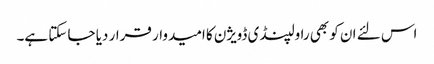
اس لئے ان کو بھی راولپنڈی ڈویژن کا امیدوار قرار دیا جا سکتا ہے۔